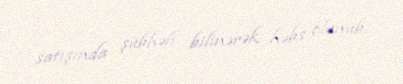
satışında şübhəli bilinərək həbs olunub.